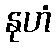
နုဟံ